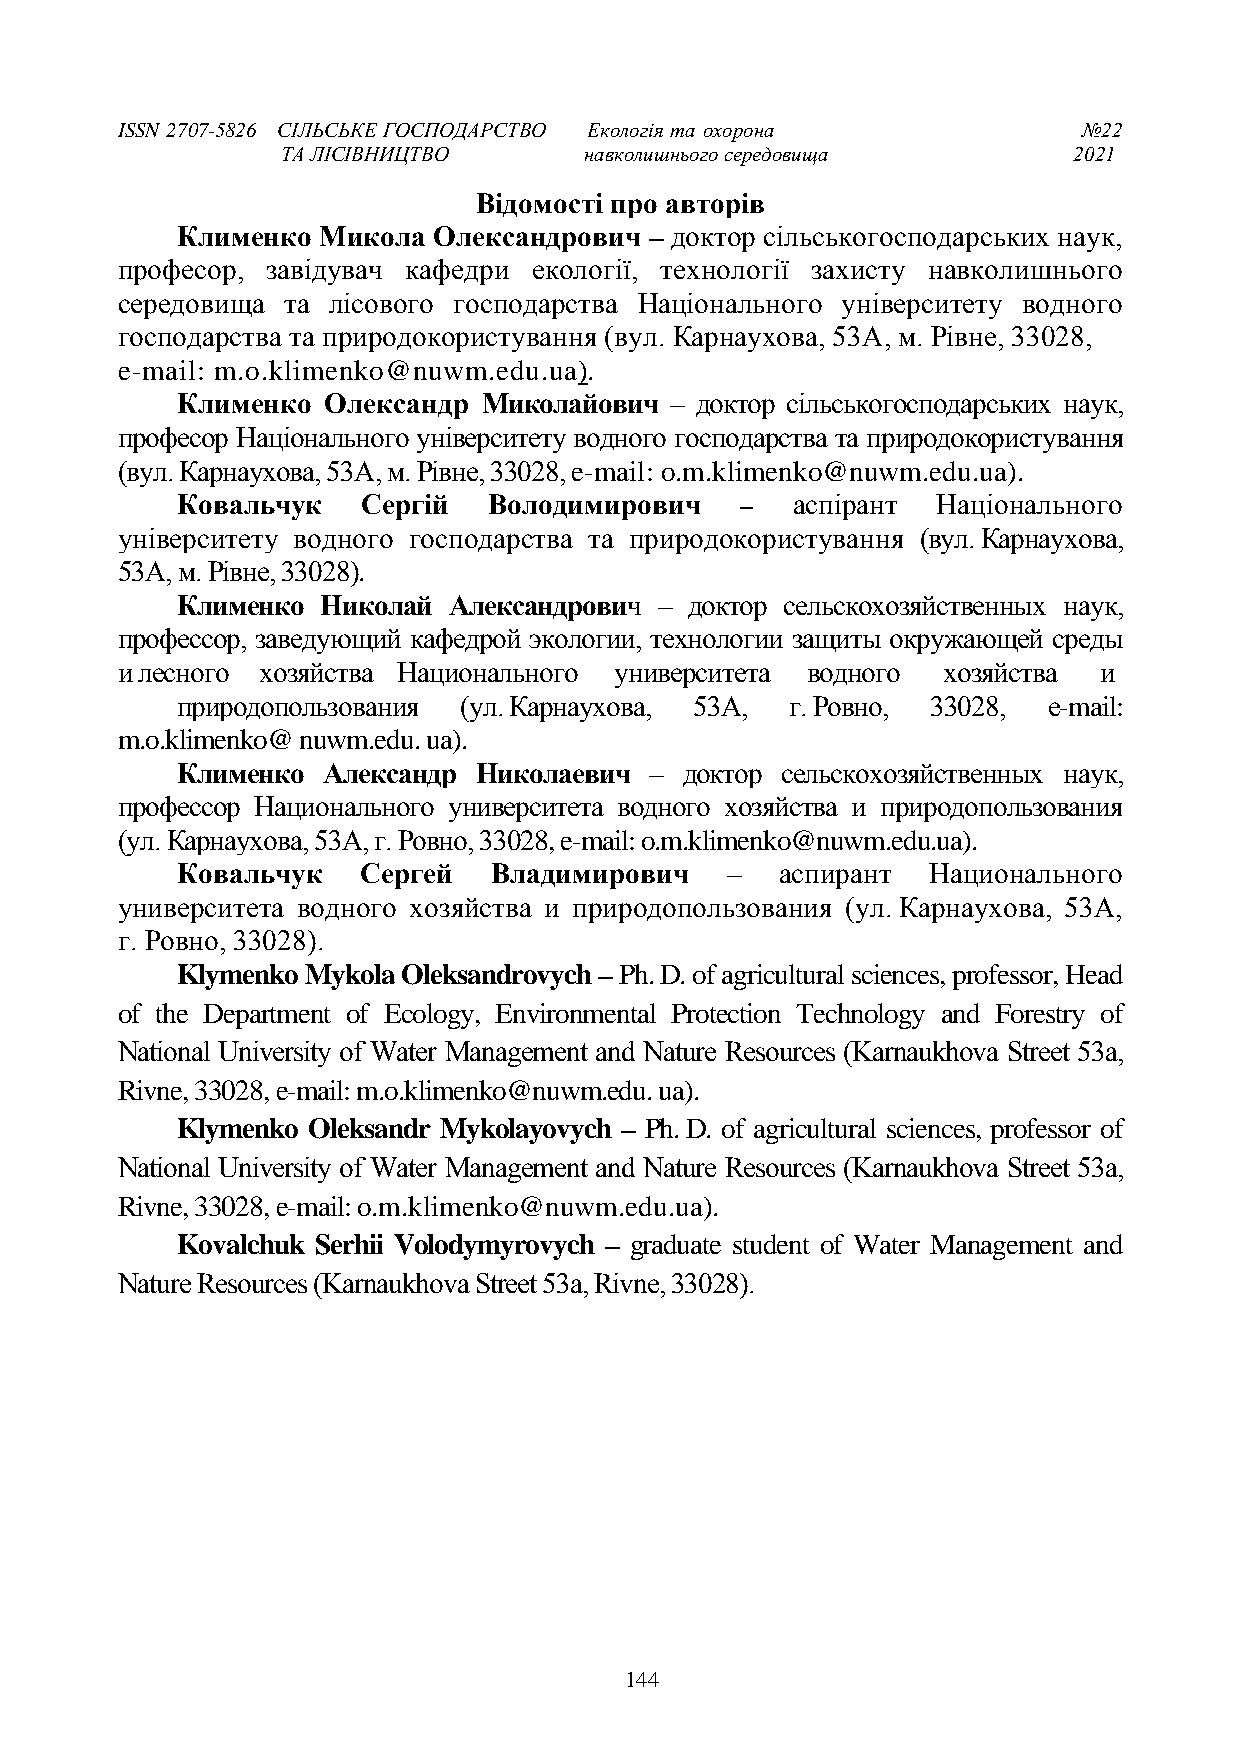
ISSN 2707-5826 СІЛЬСЬКЕ ГОСПОДАРСТВО Екологія та охорона        №22
 ТА ЛІСІВНИЦТВО      навколишнього середовища        2021
 Відомості про авторів
 Клименко Микола  Олександрович – доктор сільськогосподарських наук,
 професор, завідувач кафедри екології, технології захисту навколишнього
 середовища та лісового господарства Національного університету водного
 господарства та природокористування (вул. Карнаухова, 53А, м. Рівне, 33028,
 e-mail: m.o.klimenko@nuwm.edu.ua).
 Клименко  Олександр Миколайович – доктор сільськогосподарських наук,
 професор Національного університету водного господарства та природокористування
 (вул. Карнаухова, 53А, м. Рівне, 33028, e-mail: o.m.klimenko@nuwm.edu.ua).
 Ковальчук   Сергій  Володимирович    –  аспірант  Національного
 університету водного господарства та природокористування (вул. Карнаухова,
 53А, м. Рівне, 33028).
 Клименко Николай  Александрович – доктор сельскохозяйственных наук,
 профессор, заведующий кафедрой экологии, технологии защиты окружающей среды
 и лесного хозяйства Национального университета водного хозяйства и
 природопользования (ул. Карнаухова, 53А, г. Ровно, 33028, e-mail:
 m.o.klimenko@ nuwm.edu. ua).
 Клименко Александр  Николаевич – доктор сельскохозяйственных наук,
 профессор Национального университета водного хозяйства и природопользования
 (ул. Карнаухова, 53А, г. Ровно, 33028, e-mail: o.m.klimenko@nuwm.edu.ua).
 Ковальчук   Сергей  Владимирович    –   аспирант  Национального
 университета водного хозяйства и природопользования (ул. Карнаухова, 53А,
 г. Ровно, 33028).
 Klymenko Mykola Oleksandrovych – Ph. D. of agricultural sciences, professor, Head
 of the Department of Ecology, Environmental Protection Technology and Forestry of
 National University of Water Management and Nature Resources (Karnaukhova Street 53а,
 Rivne, 33028, e-mail: m.o.klimenko@nuwm.edu. ua).
 Klymenko Oleksandr Mykolayovych – Ph. D. of agricultural sciences, professor of
 National University of Water Management and Nature Resources (Karnaukhova Street 53а,
 Rivne, 33028, e-mail: o.m.klimenko@nuwm.edu.ua).
 Kovalchuk Serhii Volodymyrovych – graduate student of Water Management and
 Nature Resources (Karnaukhova Street 53а, Rivne, 33028).
 144